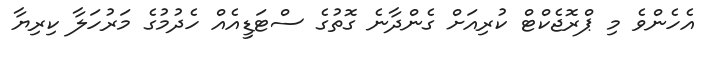
އެހެންވެ މި ޕްރޮޖެކްޓް ކުރިއަށް ގެންދާނެ ގޮތުގެ ސްޓަޑީއެއް ހެދުމުގެ މަރުހަލާ ކިރިޔާ